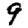
Digit: 9